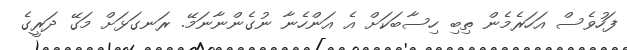
ފަހުވެސް އަހަރެމެން ތިބި ހިސާބަކަށް އެ އަންހެނާ ނުގެންނާނަމޭ. ރަނގަޅަށް މަގޭ ދަރީގެ